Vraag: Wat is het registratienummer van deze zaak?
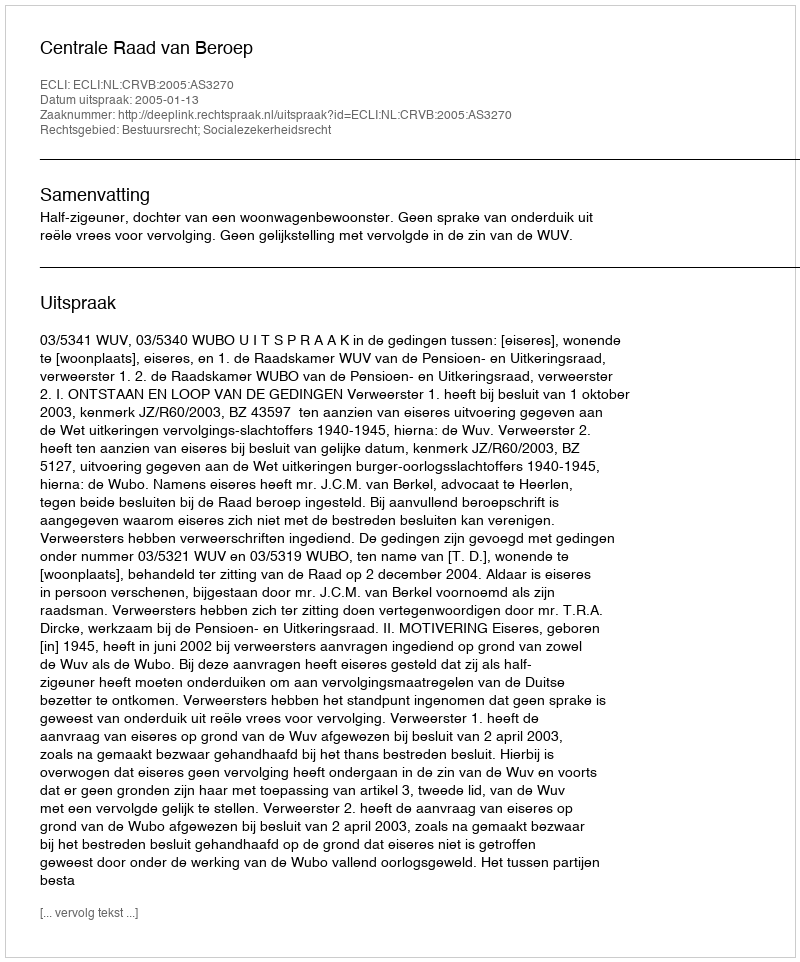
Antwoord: http://deeplink.rechtspraak.nl/uitspraak?id=ECLI:NL:CRVB:2005:AS3270